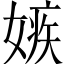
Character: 嫉